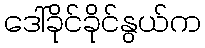
ဒေါ်ခိုင်ခိုင်နွယ်က